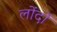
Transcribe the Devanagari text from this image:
लोंदों